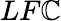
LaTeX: LF\mathbb{C}